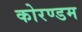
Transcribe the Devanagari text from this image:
कोरण्डम